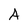
Character: A